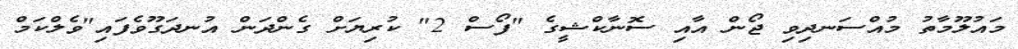
މައުލޫމާތު މުއްސަނދިވި ޖޯން އާއި ސޮނާކްޝީގެ "ފޯސް 2" ކުރިޔަށް ގެންދަން އުނދަގޫވެފައި"ވެލްކަމް